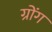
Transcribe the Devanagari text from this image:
ग्रोंग